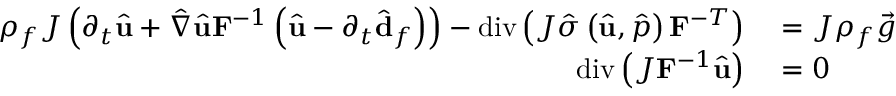
\begin{array} { r l } { \rho _ { f } J \left( \partial _ { t } \hat { \mathbf { u } } + \hat { \nabla } \hat { \mathbf { u } } \mathbf { F } ^ { - 1 } \left( \hat { \mathbf { u } } - \partial _ { t } \hat { \mathbf { d } } _ { f } \right) \right) - \operatorname { d i v } \left( J \hat { \boldsymbol { \sigma } } \left( \hat { \mathbf { u } } , \hat { p } \right) \mathbf { F } ^ { - T } \right) } & { { } = J \rho _ { f } \vec { g } \quad } \\ { \operatorname { d i v } \left( J \mathbf { F } ^ { - 1 } \hat { \mathbf { u } } \right) } & { { } = 0 \quad } \end{array}